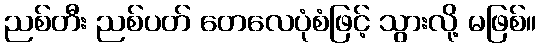
ညစ်တီး ညစ်ပတ် တေလေပုံစံဖြင့် သွားလို့ မဖြစ်။